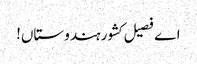
اے فصیل کشور ہندوستاں!